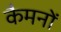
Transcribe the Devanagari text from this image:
कैमनों